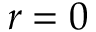
r = 0